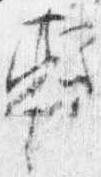
軾